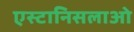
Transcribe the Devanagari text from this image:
एस्टानिसलाओ